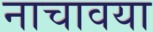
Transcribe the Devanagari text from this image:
नाचावया